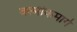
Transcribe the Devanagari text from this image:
वल्मीकमार्ग